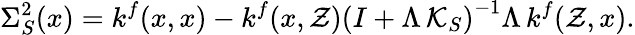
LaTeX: \Sigma_{S}^{2}(x)=k^{f}(x,x)-k^{f}(x,\mathcal{Z})\left(I+\Lambda\, \mathcal{K}_{S}\right)^{-1}\Lambda\, k^{f}(\mathcal{Z},x).